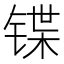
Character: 𰾕